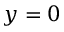
\boldsymbol y = 0